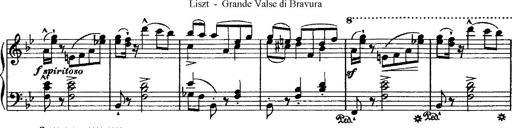
Title: Grande valse di bravura
Composer: Franz Liszt